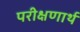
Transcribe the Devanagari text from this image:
परीक्षणार्थ